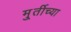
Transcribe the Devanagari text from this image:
मु्र्तीच्या